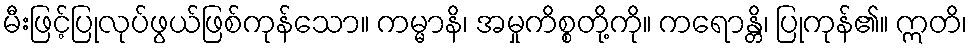
မီးဖြင့်ပြုလုပ်ဖွယ်ဖြစ်ကုန်သော။ ကမ္မာနိ၊ အမှုကိစ္စတို့ကို။ ကရောန္တိ၊ ပြုကုန်၏။ ဣတိ၊